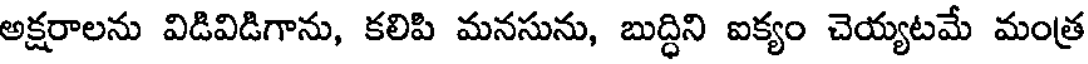
అక్షరాలను విడివిడిగాను, కలిపి మనసును, బుద్ధిని ఐక్యం చెయ్యటమే మంత్ర